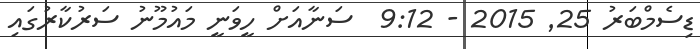
ޑިސެމްބަރު 25